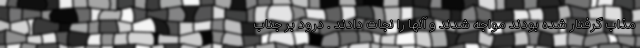
مذاب گرفتار شده بودند مواجه شدند و آنها را نجات دادند . درود بر جناب